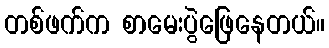
တစ်ဖက်က စာမေးပွဲဖြေနေတယ်။